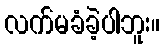
လက်မခံခဲ့ပါဘူး။